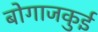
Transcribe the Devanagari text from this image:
बोगाजकुई